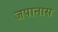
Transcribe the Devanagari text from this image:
जपानास